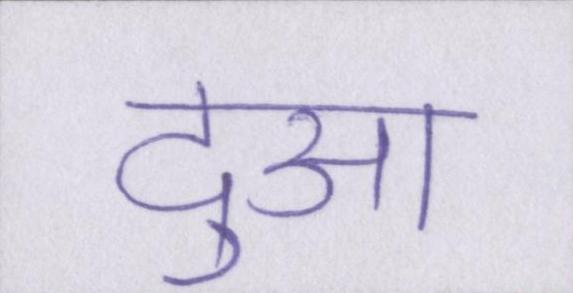
दुआ